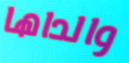
والداها